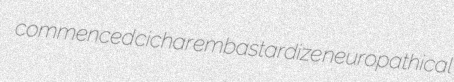
commenced cichar embastardize neuropathical